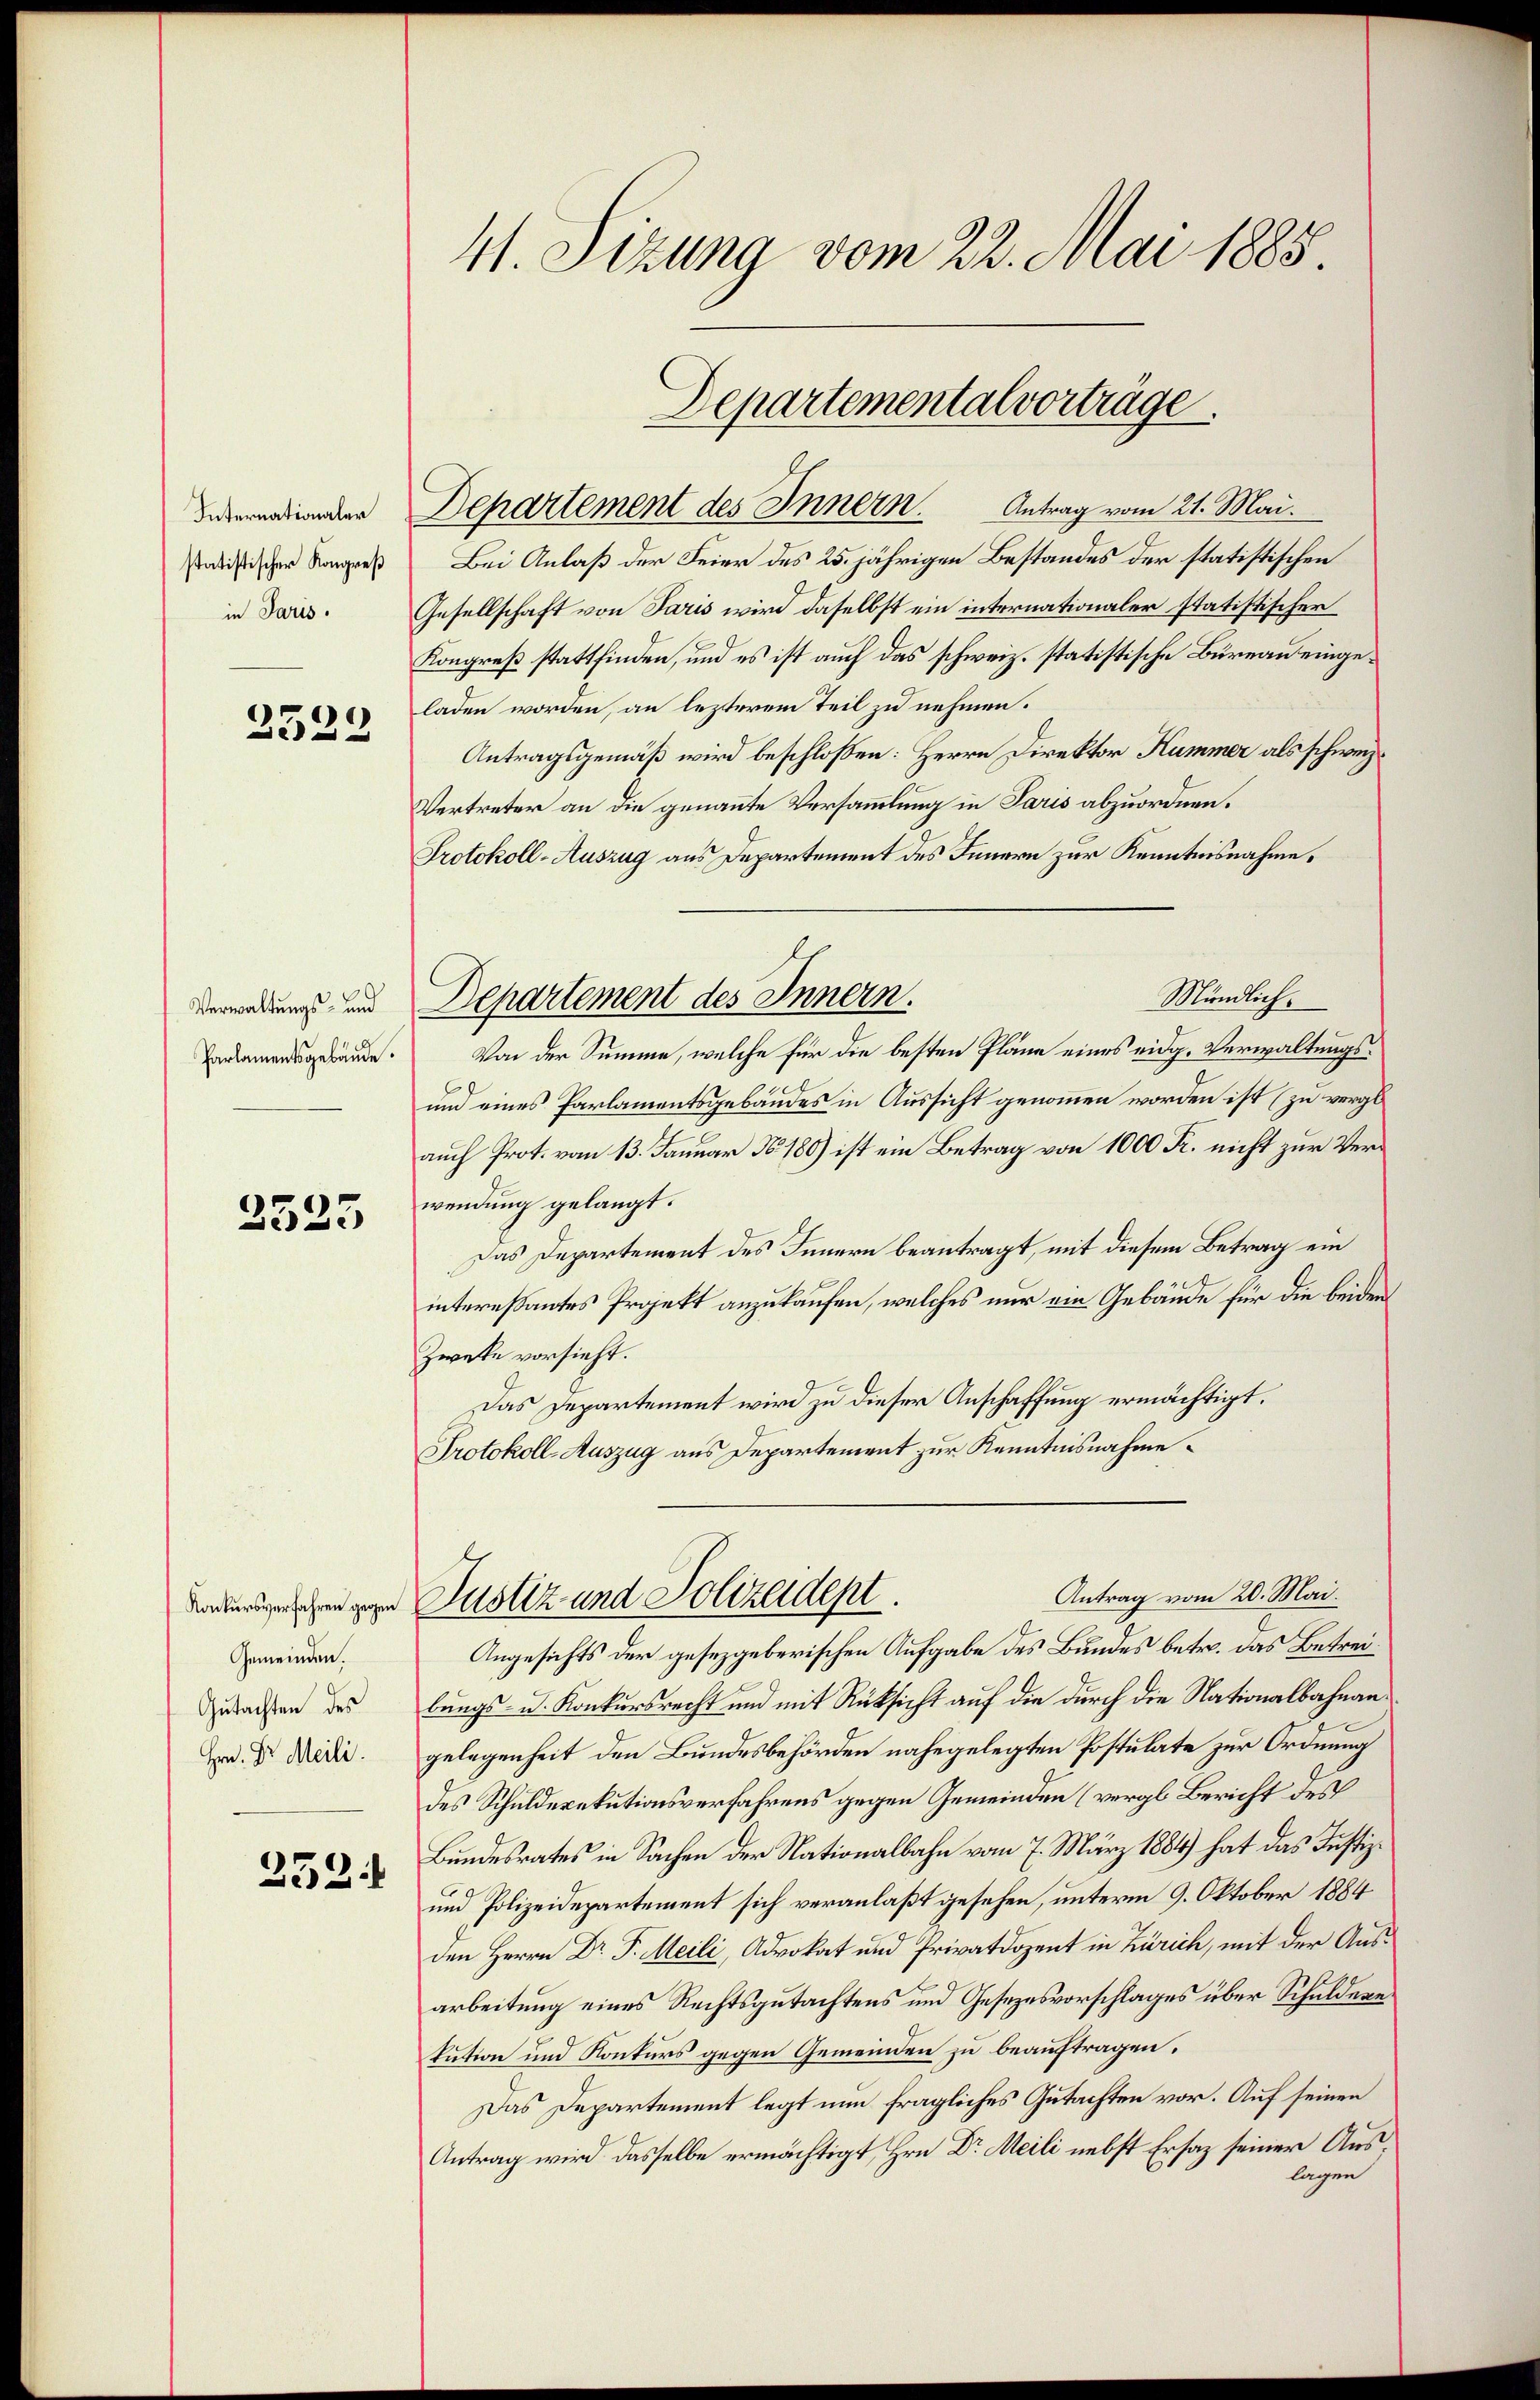
Internationaler
statistischer Kongreß
in Paris.

2523

Verwaltungs- und
Parlamentsgebäude.

2523

Konkursverfahren gegen
Gemeinden.
Gutachten des
Hrn. Dr. Meili

252.

4. Sizung vom 22. Mai 1885.

Departement des Innern.

Departemental vorträge.

Departement des Innern. Antrag vom 21. Mai.
Bei Anlaß der Feier des 25. jährigen Bestandes der statistischen
Gesellschaft von Paris wird daselbst ein internationaler statistischer
Kongreß stattfinden, und es ist auch das schweiz. statistische Bureau eingeladen worden, an lezterem Teil zu nehmen.
Antragsgemäß wird beschloßen: Herrn Direktor Kummer als schweiz.
Vertreter an die genannte Versammlung in Paris abzuordnen.
Protokoll-Auszug aus Departement des Innern zur Kenntnisnahme.
Mündlich.
Von der Summe, welche für die besten Pläne eines eidg. Verwaltungs¬
und eines Parlamentsgebäudes in Aussicht genommen worden ist (zu vergl
auch Prot. vom 13. Januar No. 180) ist ein Betrag von 1000 Fr. nicht zur Verwendung gelangt.
Das Departement des Innern beantragt, mit diesem Betrag ein
interessantes Projekt anzukaufen, welches nur ein Gebäude für die beiden
Zweke vorsieht.
Das Departement wird zu dieser Anschaffung ermächtigt.
Protokoll-Auszug aus Departement zur Kenntnisnahme
Antrag vom 20. Mai.
Justiz und Polizeidept.
Angesichts der gesetzgeberischen Aufgabe des Bundes betr. das Betreibungs- u. Konkursrecht und mit Rücksicht auf die durch die Nationalbahnangelegenheit den Bundesbehörden nahegelegten Postulate zur Ordnung
des Schuldexekutionsverfahrens gegen Gemeinden (vergl. Bericht des
Bundesrates in Sachen der Nationalbahn vom 7. März 1884) hat das Justiz¬
und Polizeidepartement sich veranlaßt gesehen, unterm 9. Oktober 1884
den Herrn Dr. P. Meili, Advokat und Privatdozent in Zürich, mit der Ausarbeitung eines Rechtsgutachtens und Gesezesvorschlages über Schuldere
kution und Konkurs gegen Gemeinden zu beauftragen.
Das Departement legt nun fragliches Gutachten vor. Auf seinen
Antrag wird dasselbe ermächtigt, Hrn Dr Meili nebst Ersaz seiner Auslagen